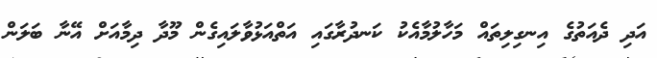
އަދި ދެއަތުގެ އިނގިލިތައް މަހާލުމާއެކު ކަނދުރާގައި އަތްއަޅުވާލައިގެން މޫދާ ދިމާއަށް އޭނާ ބަލަން